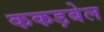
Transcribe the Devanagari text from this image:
ककड़बेल